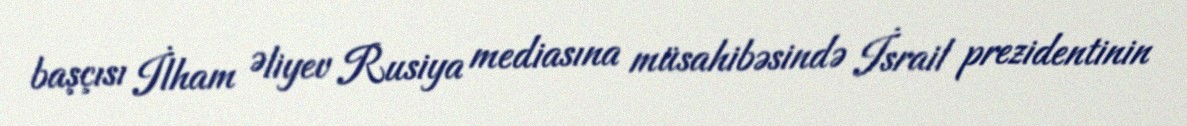
başçısı İlham Əliyev Rusiya mediasına müsahibəsində İsrail prezidentinin